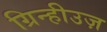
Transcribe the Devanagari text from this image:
ग्रिन्हीउज़